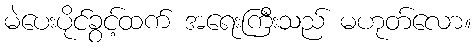
မဲပေးပိုင်ခွင့်ထက် အရေးကြီးသည် မဟုတ်လော။